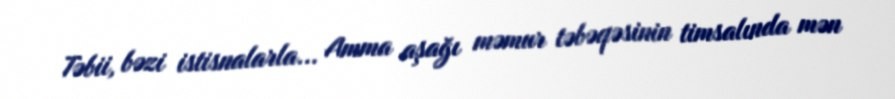
Təbii, bəzi istisnalarla... Amma aşağı məmur təbəqəsinin timsalında mən